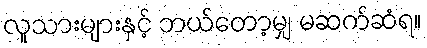
လူသားများနှင့် ဘယ်တော့မျှ မဆက်ဆံရ။